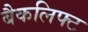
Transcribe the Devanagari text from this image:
बैकलिफ्ट